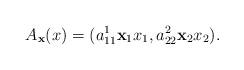
LaTeX: \begin{align*}A_{{\mathbf x}}(x)=(a_{11}^1{\mathbf x}_1x_1, a_{22}^2{\mathbf x}_2x_2).\end{align*}